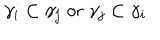
\gamma _ { i } \subset \gamma _ { j } \; \mathrm { o r } \; \gamma _ { j } \subset \gamma _ { i }